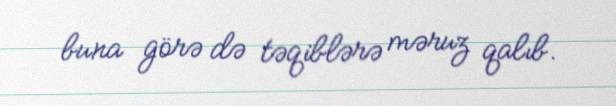
buna görə də təqiblərə məruz qalıb.